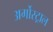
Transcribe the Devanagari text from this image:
अर्गोस्ट्राल